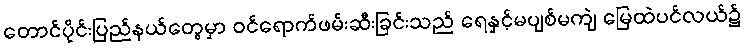
တောင်ပိုင်းပြည်နယ်တွေမှာ ဝင်ရောက်ဖမ်းဆီးခြင်းသည် ရေနှင့်မပျစ်မကျဲ မြေထဲပင်လယ်၌